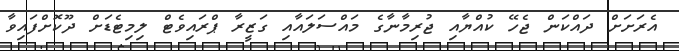
އެރަށަށް ދައްކަން ޖެހޭ ކުއްޔާއި ޖުރިމާނާގެ މައްސަލައާއި ގަޒީރާ ޕްރައިވެޓް ލިމިޓެޑަށް ދޫކޮށްފައިވާ